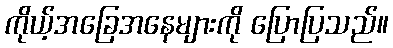
ကိုယ့်အခြေအနေများကို ပြောပြသည်။